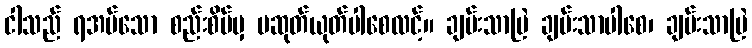
ငါသည် ရအပ်သော စည်းစိမ်မှ မဆုတ်ယုတ်ပါစေလင့်။ ချမ်းသာမြဲ ချမ်းသာပါစေ၊ ချမ်းသာမြဲ